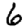
Digit: 6